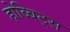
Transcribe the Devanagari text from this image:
होब्बिट्स